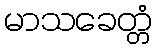
မာသခေတ္တံ